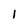
Character: I